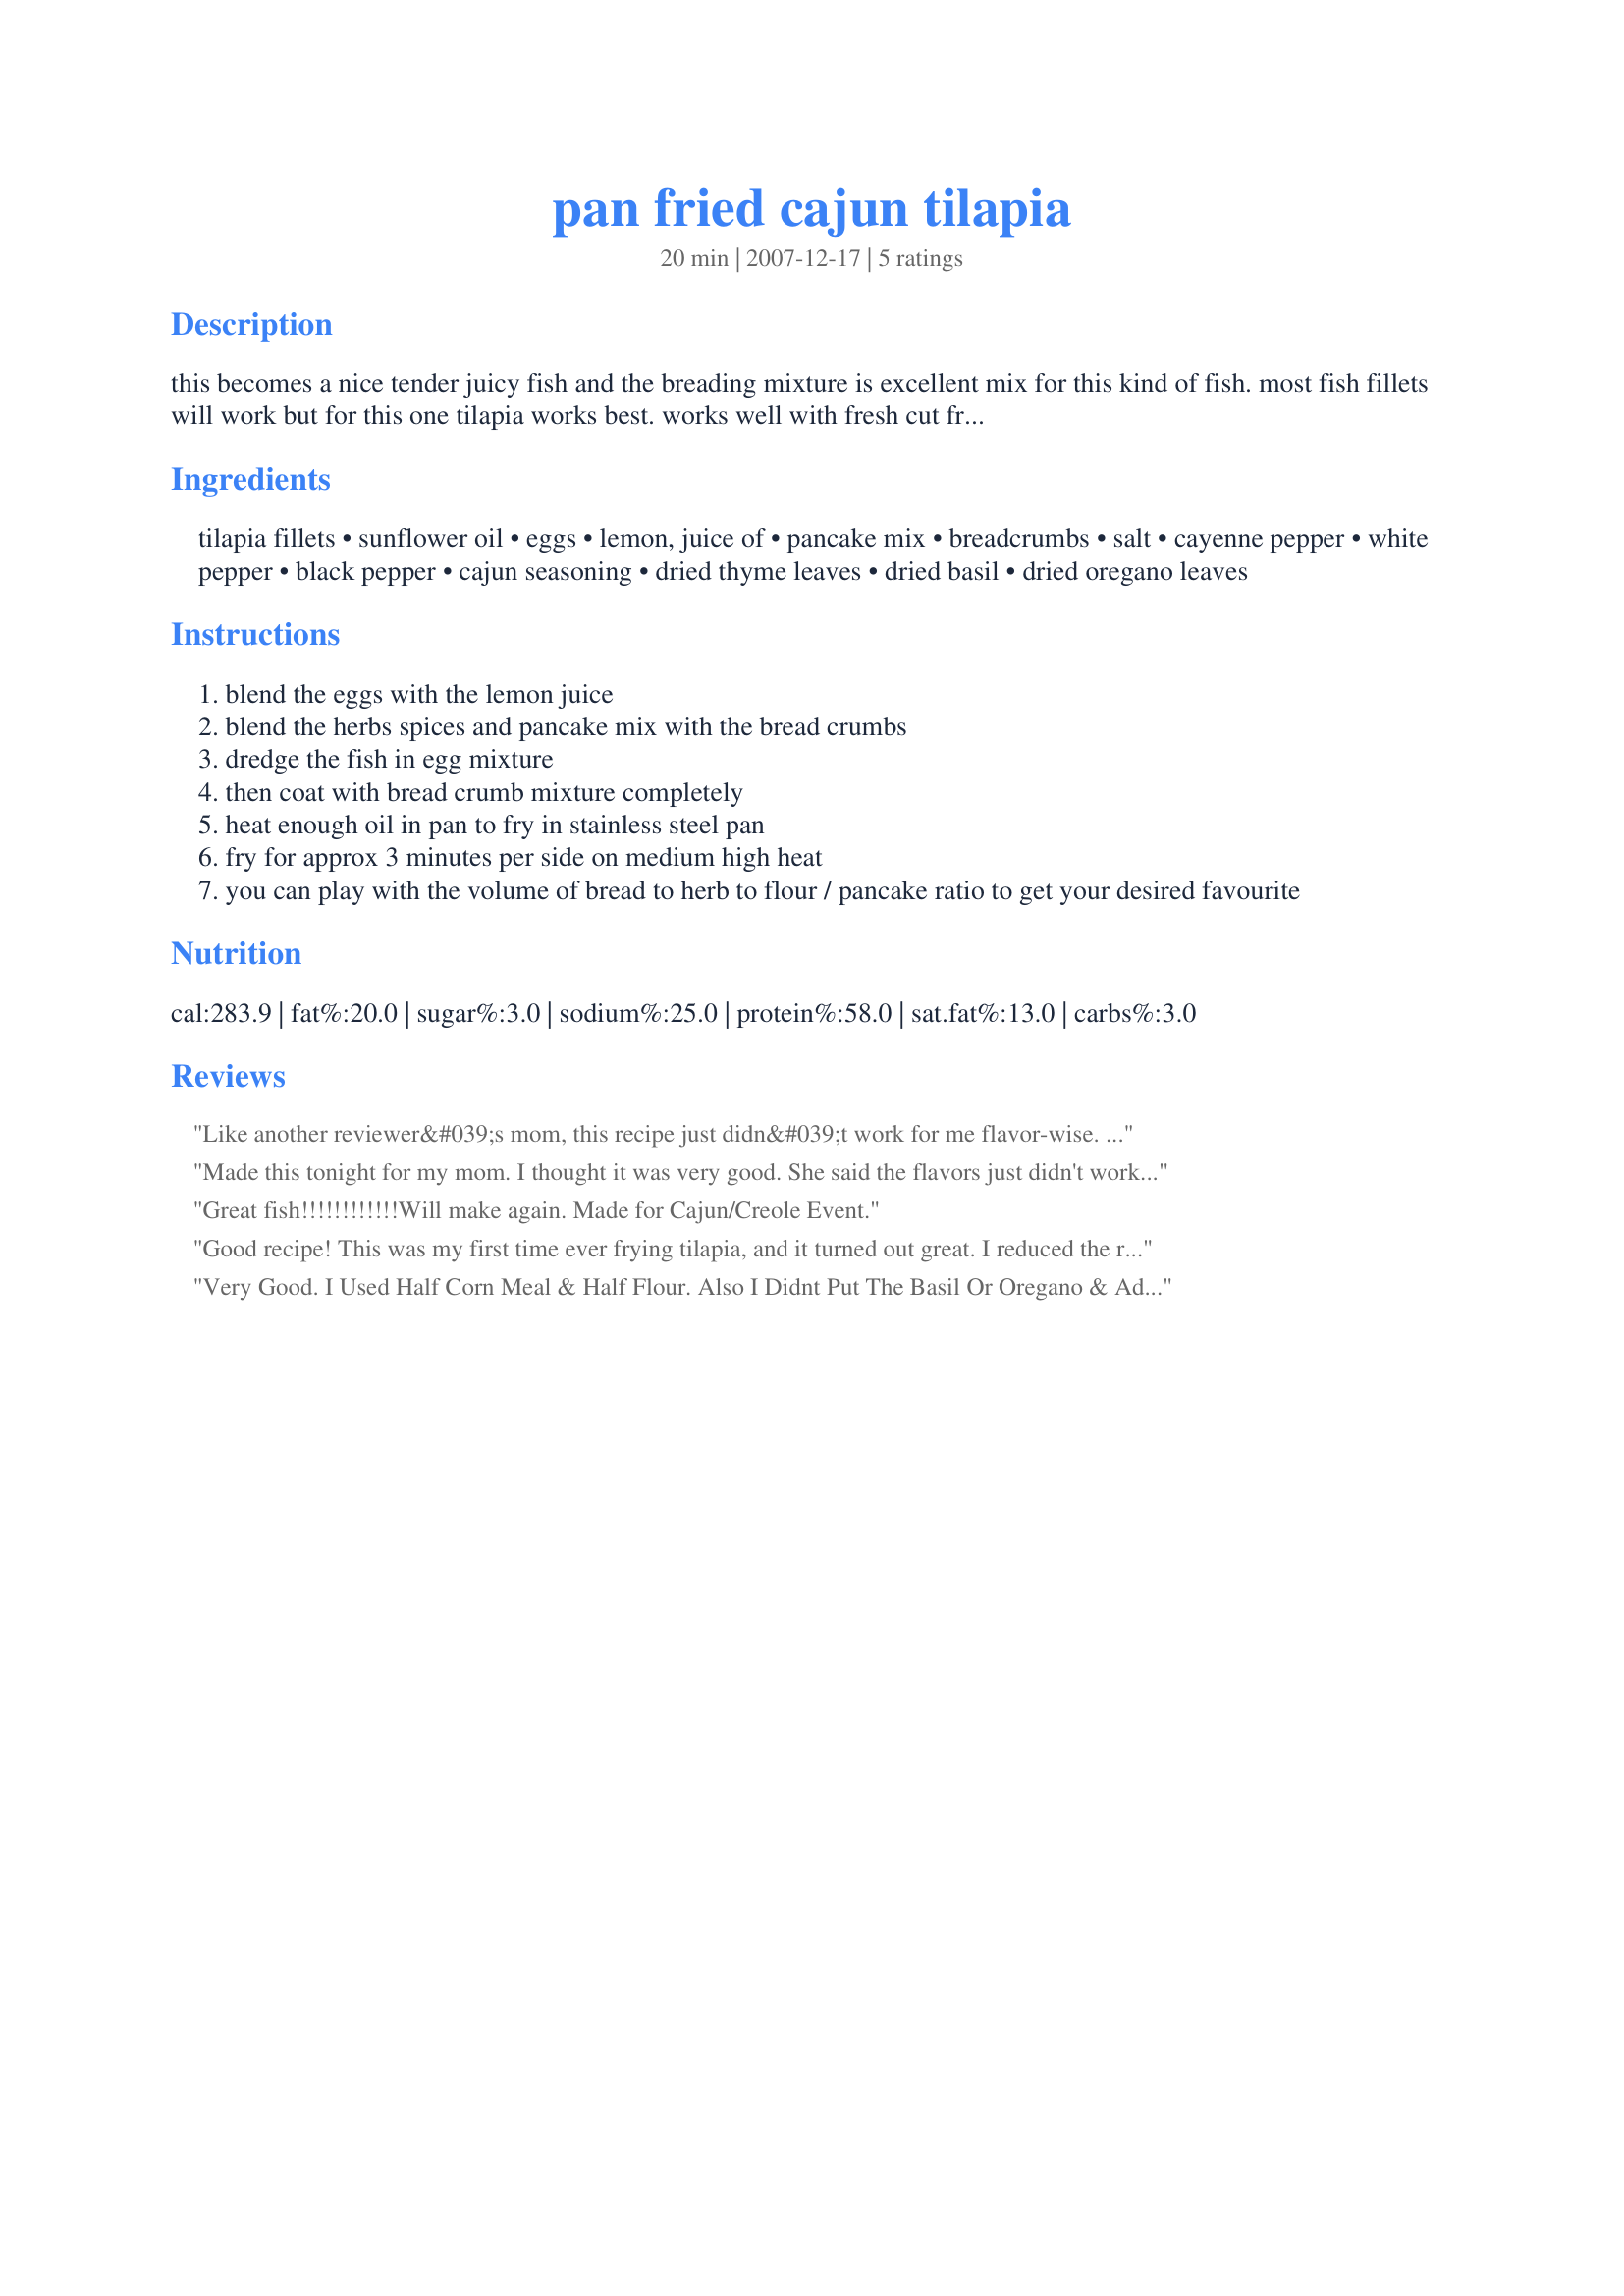
pan fried cajun tilapia
Preparation time: 20 minutes

this becomes a nice tender juicy fish and the breading mixture is excellent mix for this kind of fish. most fish fillets will work but for this one tilapia works best.
works well with fresh cut fries or garlic and onion rice.

Ingredients:
tilapia fillets, sunflower oil, eggs, lemon, juice of, pancake mix, breadcrumbs, salt, cayenne pepper, white pepper, black pepper, cajun seasoning, dried thyme leaves, dried basil, dried oregano leaves

Steps:
blend the eggs with the lemon juice
blend the herbs spices and pancake mix with the bread crumbs
dredge the fish in egg mixture
then coat with bread crumb mixture completely
heat enough oil in pan to fry in stainless steel pan
fry for approx 3 minutes per side on medium high heat
you can play with the volume of bread to herb to flour / pancake ratio to get your desired favourite

Reviews:
Like another reviewer&#039;s mom, this recipe just didn&#039;t work for me flavor-wise. DH said it was &quot;fine.&quot; I did serve Recipe #43638 over it, which helped a bit. I served with green beans and roasted asparagus on the side.
Made this tonight for my mom. I thought it was very good. She said the flavors just didn't work for her. I served it with a squeeze of lemon. Maybe a nice remoulade or aioli would work better.
Great fish!!!!!!!!!!!!Will make again. Made for Cajun/Creole Event.
Good recipe! This was my first time ever frying tilapia, and it turned out great. I reduced the recipe to 4 servings, used extra virgin olive oil instead of the sunflower (that's all i had), and didn't include white pepper for I had none. I also picked this recipe out because I wanted to try something new, and impress my bf. Btw, he loved it! Will absolutely make again :)
Very Good. I Used Half Corn Meal & Half Flour. Also I Didnt Put The Basil Or Oregano & Added 1/4 t dill insted. Very Good. Will Make Again.
